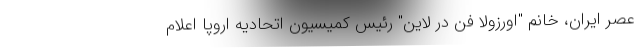
عصر ایران، خانم "اورزولا فن در لاین" رئیس کمیسیون اتحادیه اروپا اعلام